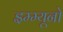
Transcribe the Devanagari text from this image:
इम्म्यूनो